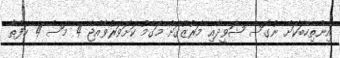
އިންތިހާބަކަށް ނުގޮސް ޝަވީދާއި މަރުޒޫގަށް މަގާމު ކަށަވަރުވެއްޖެ 4 މަސް 4 ހަފްތާ